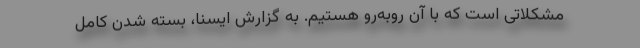
مشکلاتی است که با آن روبه‌رو هستیم. به گزارش ایسنا، بسته شدن کامل